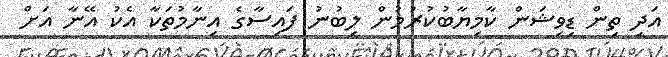
އަދި ތިން ޑިވިޝަން ކާމިޔާބުކުރުމުން ލިބުނު ފައިސާގެ އިނާމުތަކާ އެކު އޭނާ އަށް